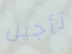
تأجيل